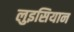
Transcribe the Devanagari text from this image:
लुइसियान